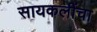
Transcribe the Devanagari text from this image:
सायकलींचा